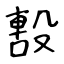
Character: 毄